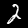
Label: 2